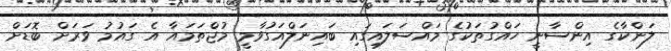
ލަންކާގެ އިންސާނީ ހައްގުތަކުގެ މައްސަލައިގައި ބައިނަލްއަގުވާމީ މުޖްތަމައާ އެ ގައުމު ވަރަށް ބޮޑަށް